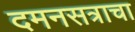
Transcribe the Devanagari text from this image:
दमनसत्राचा